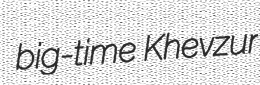
big-time Khevzur